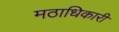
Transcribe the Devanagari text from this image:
मठाधिकारी